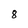
Character: 8